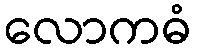
လောကဓံ